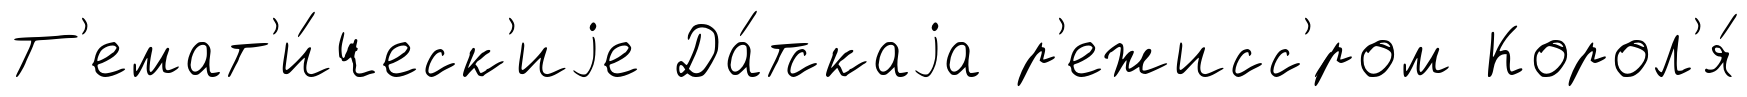
Т'емат'и́ческ'иjе Да́тскаjа р'ежисс'́ром Корол'я́